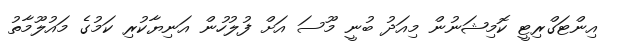
އިންޓަގްރިޓީ ކޮމިޝަނުން މިއަދު ބުނީ މޫސަ އަށް ފުލުހުން އަނިޔާކުރި ކަމުގެ މައުލޫމާތު